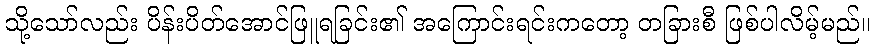
သို့သော်လည်း ပိန်းပိတ်အောင်ဖြူရခြင်း၏ အကြောင်းရင်းကတော့ တခြားစီ ဖြစ်ပါလိမ့်မည်။